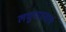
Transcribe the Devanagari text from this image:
लघुपाठवाले